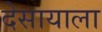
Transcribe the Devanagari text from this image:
देसायाला